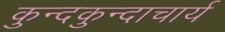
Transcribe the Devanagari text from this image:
कुन्दकुन्दाचार्य